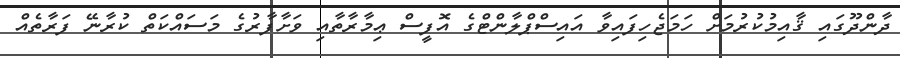
ދާންދޫގައި ޤާއިމުކުރުމަށް ހަމަޖެހިފައިވާ އައިިސްޕްލާންޓްގެ އޮފީސް ޢިމާރާތާއި ވަށާފާރުގެ މަސައްކަތް ކުރާނޭ ފަރާތެއް